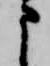
申